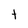
Character: t